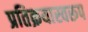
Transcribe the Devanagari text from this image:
प्रतिक्रयास्वरूप